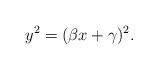
LaTeX: \begin{align*}y^2 = (\beta x + \gamma)^2.\end{align*}